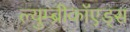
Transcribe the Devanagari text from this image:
ल्युम्ब्रीकॉएड्स